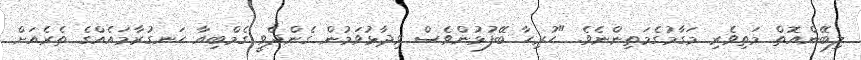
ލިބޭންއޮތް މަތިވެރި މަގާމުގެމަތިންނެވެ. "ހުރިހާ ބޭފުޅުންވެސް ވިދާޅުވަމުން ގެންދެވީ ގެމްބިއާ ހަނގުރާމައެއްގެ ތެރެއަށް